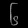
Digit: ၆